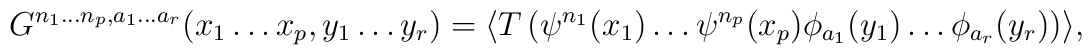
G^{n_1\ldots n_p, a_1\ldots a_r}(x_1\ldots x_p,y_1\ldots y_r) = \langle T\left(  \psi^{n_1}(x_1)\ldots \psi^{n_p}(x_p) \phi_{a_1}(y_1)\ldots \phi_{a_r}(y_r)\right)\rangle ,